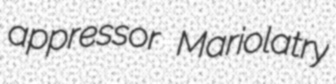
appressor Mariolatry